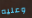
وعليه